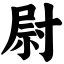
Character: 尉